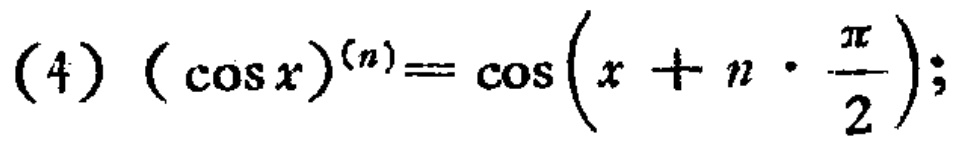
(4) $(\cos x)^{(n)} = \cos\left(x + n\cdot\frac{\pi}{2}\right);$